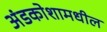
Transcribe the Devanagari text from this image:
अंडकोशामधील